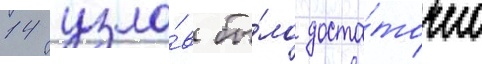
14 узло́в бы́ло доста́точно